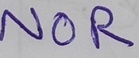
Text: NOR